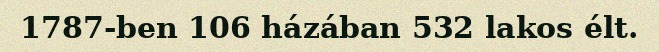
1787-ben 106 házában 532 lakos élt.